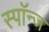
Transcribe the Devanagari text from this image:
स्पॉन्ज